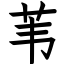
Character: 苇